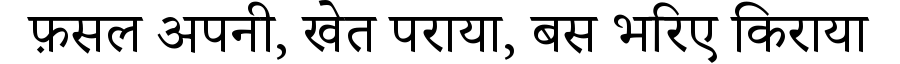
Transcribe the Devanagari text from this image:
फ़सल अपनी, खेत पराया, बस भरिए किराया